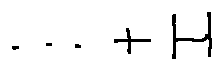
\cdots + H